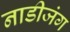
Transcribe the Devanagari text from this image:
नाडीजंग